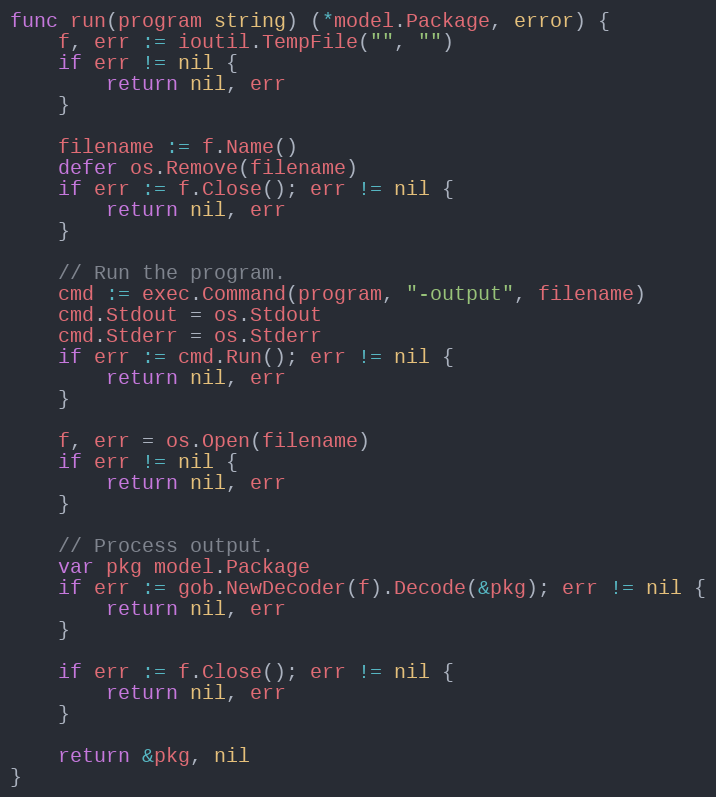
Language: Go
func run(program string) (*model.Package, error) {
	f, err := ioutil.TempFile("", "")
	if err != nil {
		return nil, err
	}

	filename := f.Name()
	defer os.Remove(filename)
	if err := f.Close(); err != nil {
		return nil, err
	}

	// Run the program.
	cmd := exec.Command(program, "-output", filename)
	cmd.Stdout = os.Stdout
	cmd.Stderr = os.Stderr
	if err := cmd.Run(); err != nil {
		return nil, err
	}

	f, err = os.Open(filename)
	if err != nil {
		return nil, err
	}

	// Process output.
	var pkg model.Package
	if err := gob.NewDecoder(f).Decode(&pkg); err != nil {
		return nil, err
	}

	if err := f.Close(); err != nil {
		return nil, err
	}

	return &pkg, nil
}